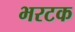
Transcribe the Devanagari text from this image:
भरटक